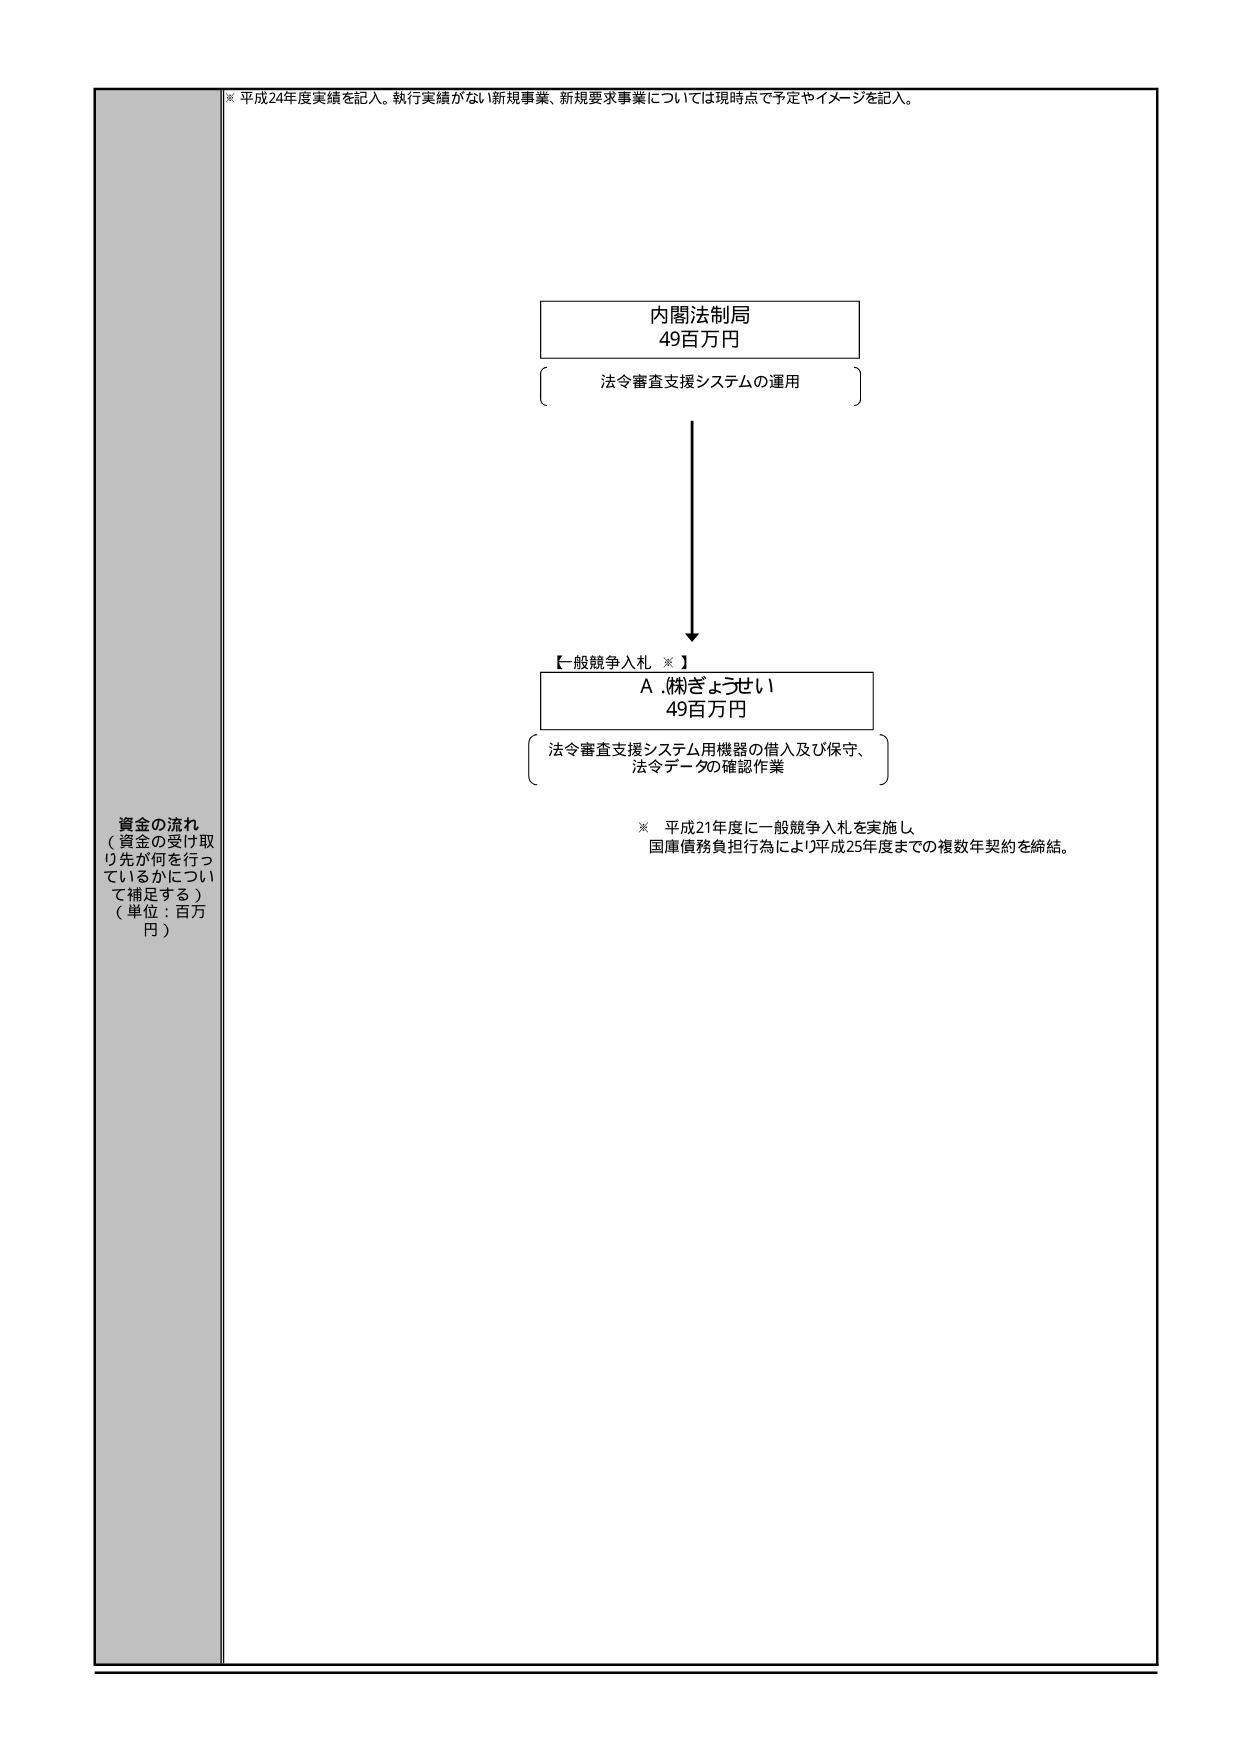
※ 平成24年度実績を記入。執行実績がない新規事業、新規要求事業については現時点で予定やイメージを記入。

内閣法制局
49百万円
法令審査支援システムの運用

【一般競争入札 ※】
A. 株ぎょうせい
49百万円
法令審査支援システム用機器の借入及び保守、
法令データの確認作業

※ 平成21年度に一般競争入札を実施し、
国庫債務負担行為により平成25年度までの複数年契約を締結。

資金の流れ
（資金の受け取り先が何を行っているかについて補足する）
（単位：百万円）